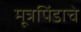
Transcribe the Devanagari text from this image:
मूत्रपिंडाचे